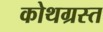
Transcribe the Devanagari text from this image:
कोथग्रस्त